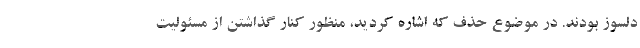
دلسوز بودند. در موضوع حذف که اشاره کردید، منظور کنار گذاشتن از مسئولیت